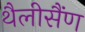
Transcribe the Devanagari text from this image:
थैलीसैंण